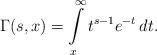
LaTeX: \begin{align*}\Gamma(s, x) = \int\limits_{x}^{\infty} t^{s-1} e^{-t} \, dt.\end{align*}